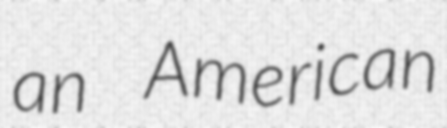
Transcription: an American